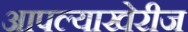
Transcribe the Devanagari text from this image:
आपल्याखेरीज